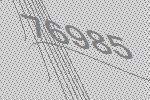
76985